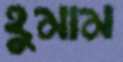
হুমাম